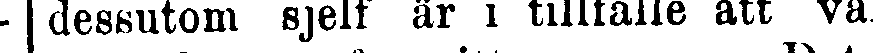
dessutom sjelf är i tillfälle att va